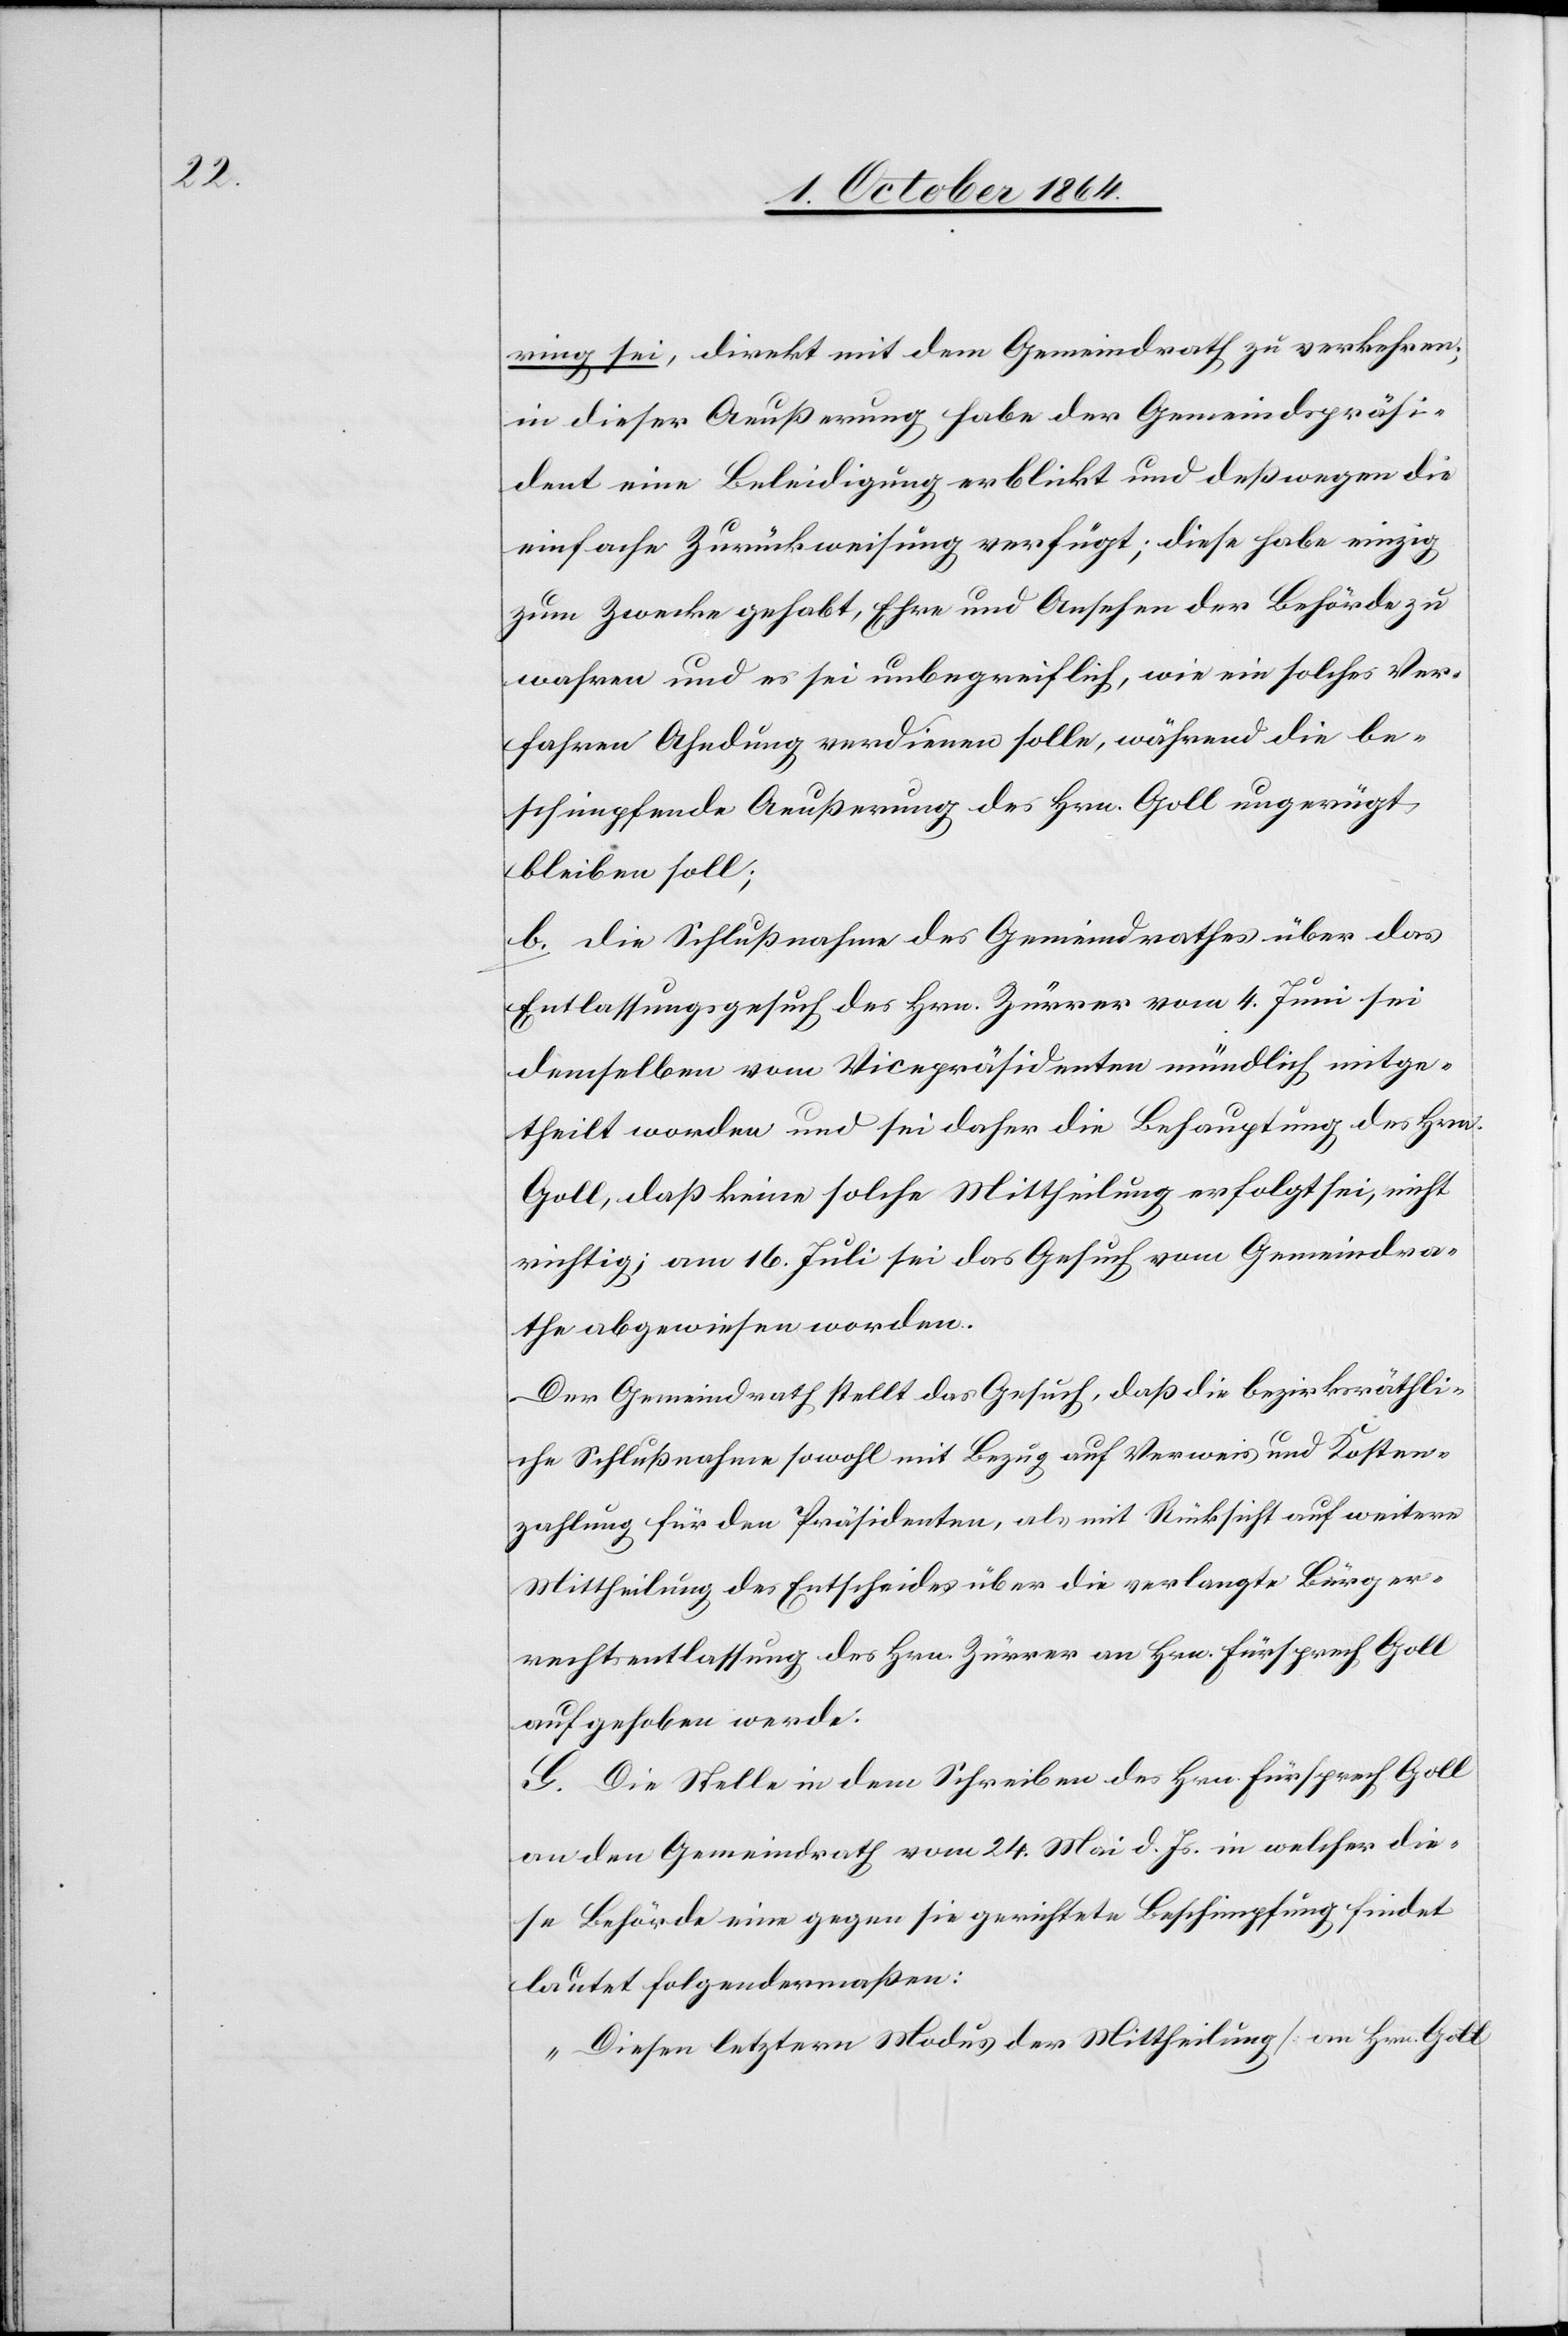
ring sei, direkt mit dem Gemeindrath zu verkehren;
in dieser Aeußerung habe der Gemeindspräsi¬
dent eine Beleidigung erblickt und deßwegen die
einfache Zurückweisung verfügt; diese habe einzig
zum Zwecke gehabt, Ehre und Ansehen der Behörde zu
wahren und es sei unbegreiflich, wie ein solches Ver¬
fahren Ahndung verdienen solle, während die be¬
schimpfende Aeußerung des Hrn. Goll ungerügt
bleiben soll;
b.	die Schlußnahme des Gemeindrathes über das
Entlassungsgesuch des Hrn. Zürrer vom 4. Juni sei
demselben vom Vicepräsidenten mündlich mitge¬
theilt worden und sei daher die Behauptung des Hrn.
Goll, daß keine solche Mittheilung erfolgt sei, nicht
richtig; am 16. Juli sei das Gesuch vom Gemeindra¬
the abgewiesen worden.
Der Gemeindrath stellt das Gesuch, daß die bezirksräthli¬
che Schlußnahme sowohl mit Bezug auf Verweis und Kosten¬
zahlung für den Präsidenten, als mit Rücksicht auf weitere
Mittheilung des Entscheides über die verlangte Bürger¬
rechtsentlassung des Hrn. Zürrer an Hrn. Fürsprech Goll
aufgeschoben werde.
G. Die Stelle in dem Schreiben des Hrn. Fürsprech Goll
an den Gemeindrath vom 24. Mai d. Js. in welcher die¬
se Behörde eine gegen sie gerichtete Beschimpfung findet
lautet folgendermaßen:
„Diesen letztern Modus der Mittheilung [an Hrn. Goll